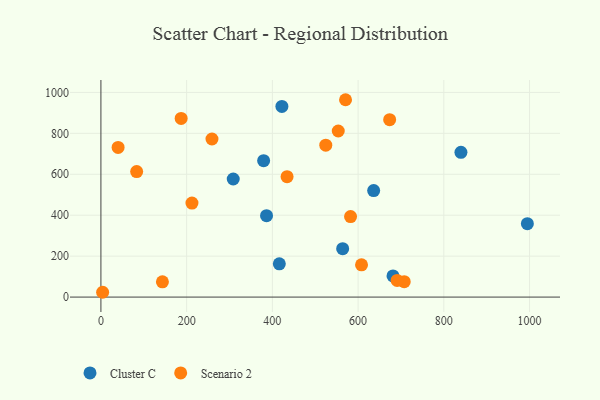
{"axis": {"x": "Speed", "y": "Profit"}, "legend": ["Cluster C", "Scenario 2"], "data": [{"x": "564.0", "y": 236.6, "type": "Cluster C"}, {"x": "379.6", "y": 666.6, "type": "Cluster C"}, {"x": "994.9", "y": 358.4, "type": "Cluster C"}, {"x": "681.4", "y": 103.5, "type": "Cluster C"}, {"x": "386.4", "y": 397.7, "type": "Cluster C"}, {"x": "422.2", "y": 931.6, "type": "Cluster C"}, {"x": "308.7", "y": 576.9, "type": "Cluster C"}, {"x": "839.9", "y": 707.4, "type": "Cluster C"}, {"x": "416.2", "y": 162.4, "type": "Cluster C"}, {"x": "636.3", "y": 520.5, "type": "Cluster C"}, {"x": "40.1", "y": 731.0, "type": "Scenario 2"}, {"x": "212.4", "y": 459.2, "type": "Scenario 2"}, {"x": "187.2", "y": 872.9, "type": "Scenario 2"}, {"x": "570.7", "y": 964.2, "type": "Scenario 2"}, {"x": "553.7", "y": 811.5, "type": "Scenario 2"}, {"x": "83.4", "y": 613.2, "type": "Scenario 2"}, {"x": "608.0", "y": 157.4, "type": "Scenario 2"}, {"x": "259.1", "y": 772.3, "type": "Scenario 2"}, {"x": "4.0", "y": 23.5, "type": "Scenario 2"}, {"x": "707.6", "y": 75.3, "type": "Scenario 2"}, {"x": "673.6", "y": 866.8, "type": "Scenario 2"}, {"x": "524.6", "y": 742.2, "type": "Scenario 2"}, {"x": "582.4", "y": 393.5, "type": "Scenario 2"}, {"x": "691.0", "y": 81.5, "type": "Scenario 2"}, {"x": "143.5", "y": 74.7, "type": "Scenario 2"}, {"x": "434.3", "y": 588.4, "type": "Scenario 2"}]}